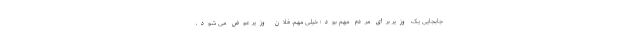
جابجایی یک وزیر برای مردم مهم بود؛ خیلی مهم. فلان وزیر عوض می شود،